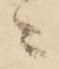
ニ